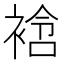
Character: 𧚼